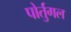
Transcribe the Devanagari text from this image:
पोर्तुगल